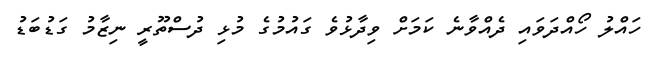
ހައްލު ހޯއްދަވައި ދެއްވާނެ ކަމަށް ވިދާޅުވެ ގައުމުގެ މުޅި ދުސްތޫރީ ނިޒާމު ގަޑުބަޑު